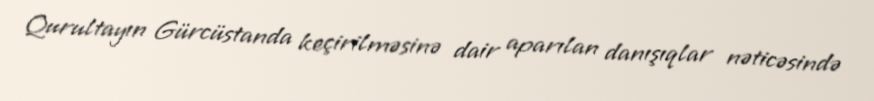
Qurultayın Gürcüstanda keçirilməsinə dair aparılan danışıqlar nəticəsində